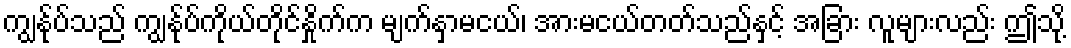
ကျွန်ုပ်သည် ကျွန်ုပ်ကိုယ်တိုင်နှိုက်က မျက်နှာမငယ်၊ အားမငယ်တတ်သည်နှင့် အခြား လူများလည်း ဤသို့